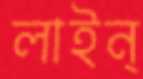
লাইন্